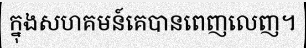
ក្នុងសហគមន៍គេបានពេញលេញ។